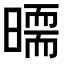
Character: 𣊵